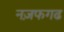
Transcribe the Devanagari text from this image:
नज़फगढ